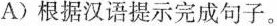
A)根据汉语提示完成句子。